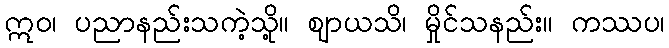
ဣဝ၊ ပညာနည်းသကဲ့သို့။ ဈာယသိ၊ မှိုင်သနည်း။ ကဿပ၊